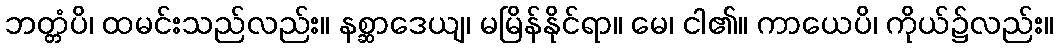
ဘတ္တံပိ၊ ထမင်းသည်လည်း။ နစ္ဆာဒေယျ၊ မမြိန်နိုင်ရာ။ မေ၊ ငါ၏။ ကာယေပိ၊ ကိုယ်၌လည်း။